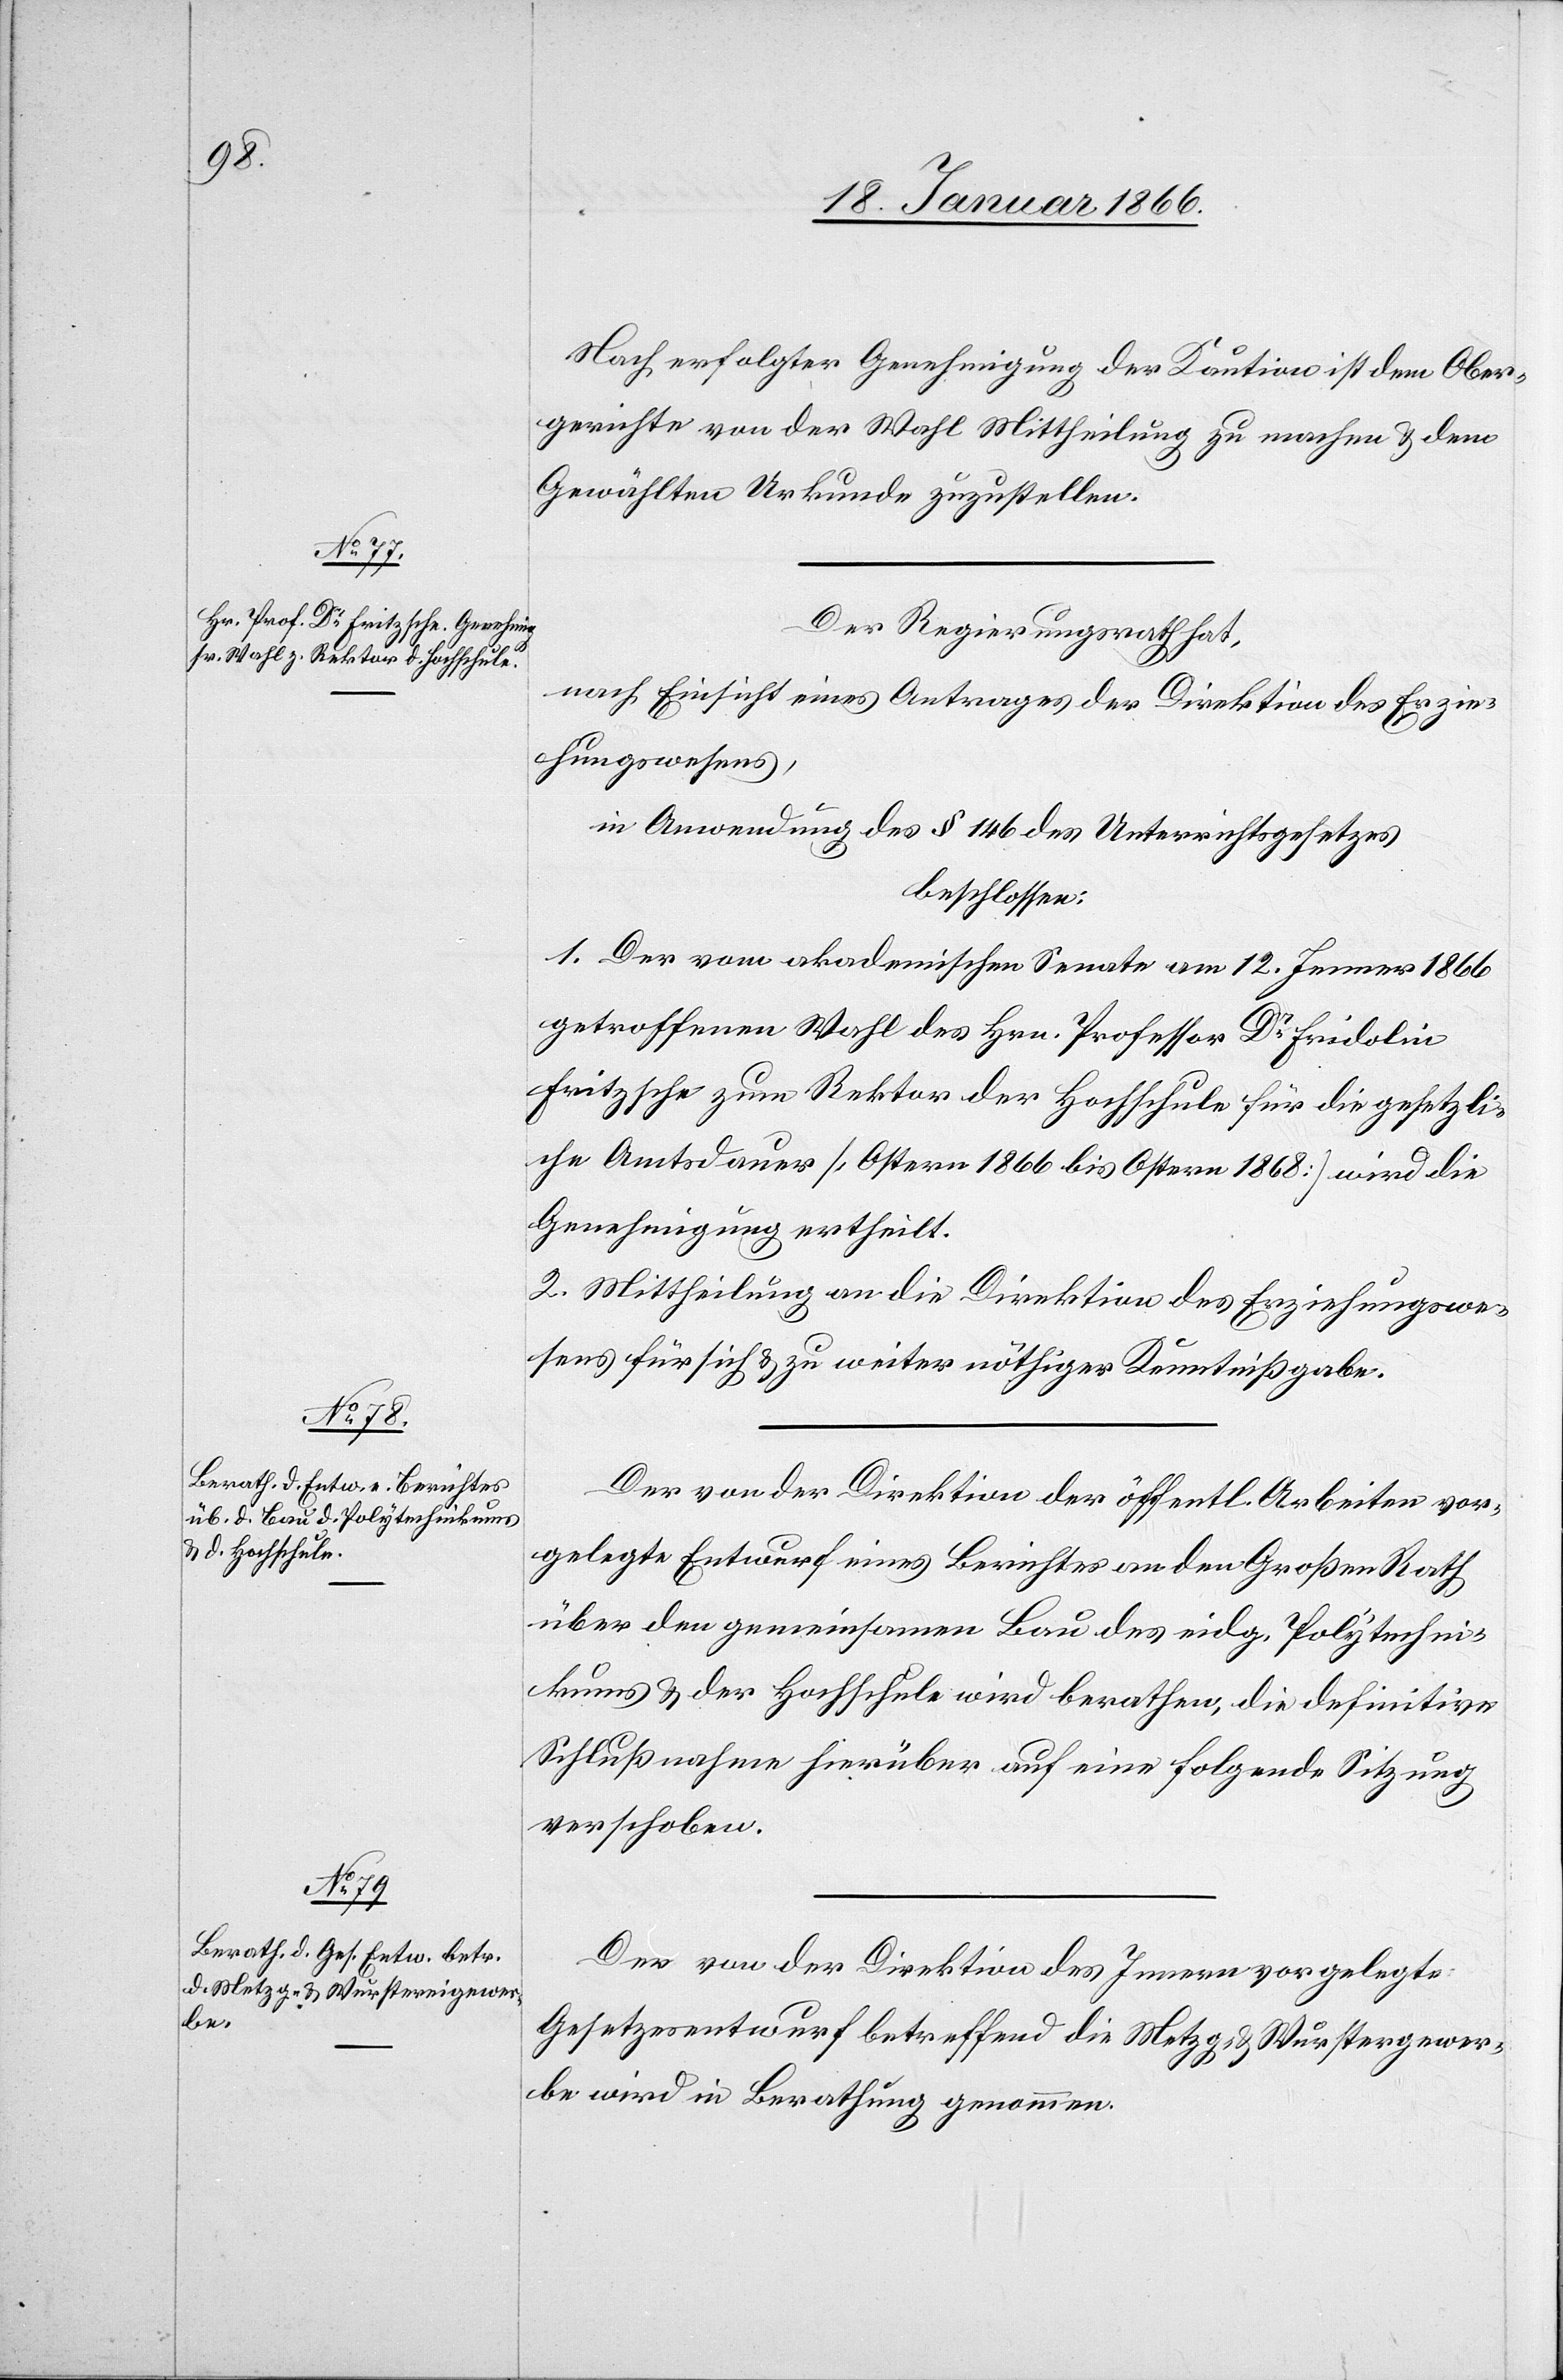
Nach erfolgter Genehmigung der Kaution ist dem Ober¬
gerichte von der Wahl Mittheilung zu machen u. dem
Gewählten Urkunde zuzustellen.
Der Regierungsrath hat,
nach Einsicht eines Antrages der Direktion des Erzie¬
hungswesens,
in Anwendung des § 146 des Unterrichtsgesetzes
beschlossen:
1. Der vom akademischen Senate am 12. Jenner 1866
getroffenen Wahl des Hrn. Professor Dr. Fridolin
Fritzsche zum Rektor der Hochschule für die gesetzli¬
che Amtsdauer [Ostern 1866 bis Ostern 1868] wird die
Genehmigung ertheilt.
2. Mittheilung an die Direktion des Erziehungswe¬
sens für sich u zu weiter nöthiger Kenntnißgabe.
Der von der Direktion der öffentl. Arbeiten vor¬
gelegte Entwurf eines Berichtes an den Großen Rath
über den gemeinsamen Bau des eidg. Polytechni¬
kums u. der Hochschule wird berathen, die definitive
Schlußnahme hierüber auf eine folgende Sitzung
verschoben.
Der von der Direktion des Innern vorgelegte
Gesetzesentwurf betreffend die Metzg- u. Wurstereigewer¬
be wird in Berathung genommen.